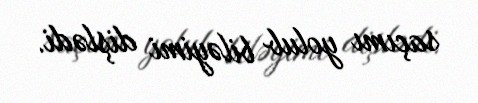
saçımı yolub biləyimi dişlədi.